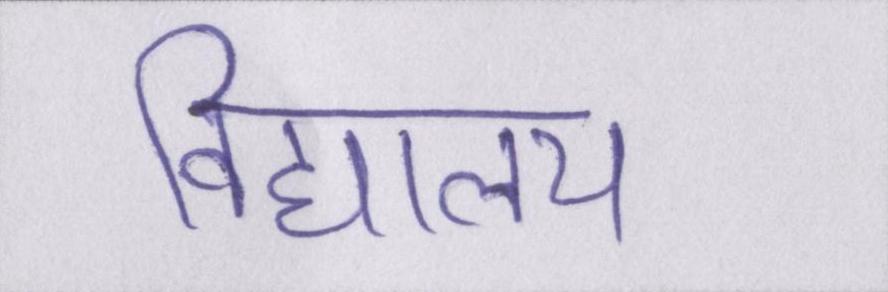
विद्यालय